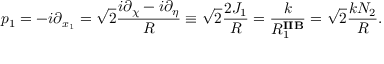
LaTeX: p _ { 1 } = - i \partial _ { x _ { 1 } } = \sqrt { 2 } \frac { i \partial _ { \chi } - i \partial _ { \eta } } { R } \equiv \sqrt { 2 } \frac { 2 J _ { 1 } } { R } = \frac { k } { R _ { 1 } ^ { \mathbf { I I B } } } = \sqrt { 2 } \frac { k N _ { 2 } } { R } .